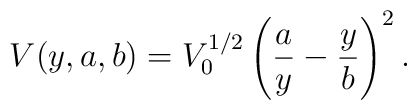
V(y,a,b)=V_{0}^{1/2}\left(\frac{a}{y}-\frac{y}{b}\right)^{2}.